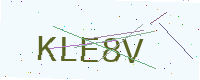
Text: KLE8V